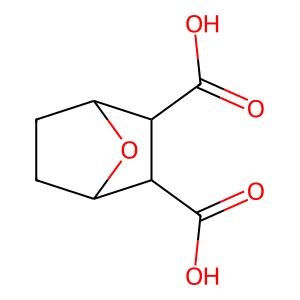
SMILES: O=C(O)C1C2CCC(O2)C1C(=O)O
Inhibits HIV replication: No